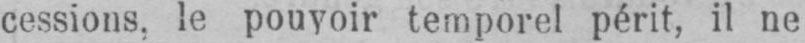
cessions, le pouvoir temporel périt, il ne